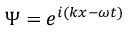
\Psi = e ^ { i ( k x - \omega t ) } \,